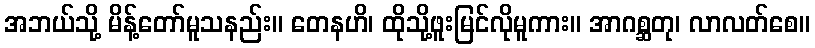
အဘယ်သို့ မိန့်တော်မူသနည်း။ တေနဟိ၊ ထိုသို့ဖူးမြင်လိုမူကား။ အာဂစ္ဆတု၊ လာလတ်စေ။